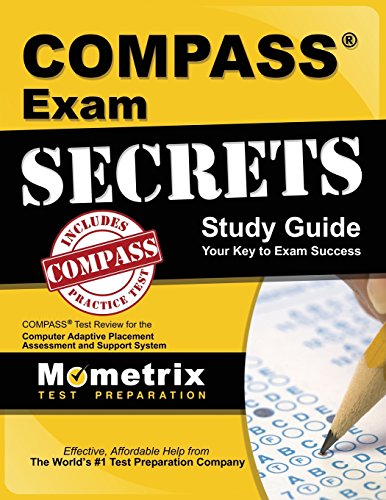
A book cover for COMPASS Exam Secrets Study Guide: COMPASS Test Review for the Computer Adaptive Placement Assessment and Support System; COMPASS Exam Secrets Test Prep Team; Test Preparation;